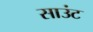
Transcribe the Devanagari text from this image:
साउंट